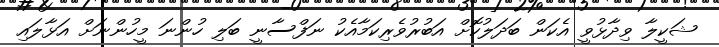
ޝަކީލާ ވިދާޅުވީ އެކަން ބަދަލުކޮށް އަބުރުވެރިކަމާއެކު ނަފްސާނީ ބަލި ހުންނަ މީހުންނަށް އަޅާލައި